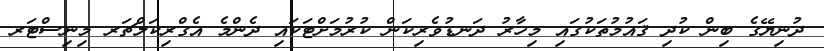
ދުނިޔޭގެ ބިން ކުދި ޤައުމުތަކުގައި މިހާރު ދަނޑުވެރިކަން ކުރުމަށްޓަކައި ދެންމެ އެގްރިކަލްޗަރ މިނިސްޓަރ